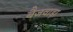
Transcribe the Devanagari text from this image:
बैजवाड़ा